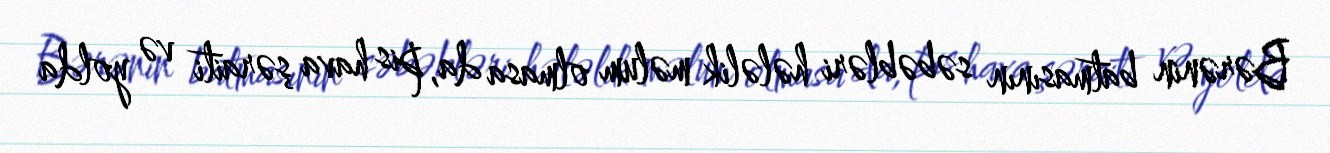
Bərənin batmasının səbəbləri hələlik məlum olmasa da, pis hava şəraiti və yolda